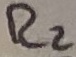
Text: R2